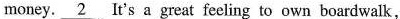
money. \underline{2} It's a great feeling to own boardwalk,